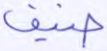
ضيف